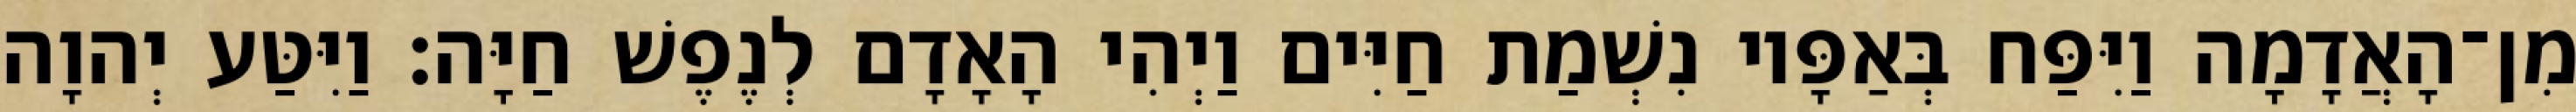
מִן־הָאֲדָמָה וַיִּפַּח בְּאַפָּיו נִשְׁמַת חַיִּים וַיְהִי הָאָדָם לְנֶפֶשׁ חַיָּה׃ וַיִּטַּע יְהוָה